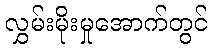
လွှမ်းမိုးမှုအောက်တွင်